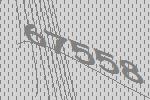
67558